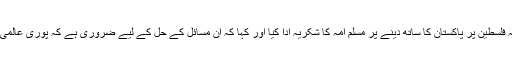
انہوں نے مسئلہ کشمیر اور مسئلہ فلسطین پر پاکستان کا ساتھ دینے پر مسلم امہ کا شکریہ ادا کیا اور کہا کہ ان مسائل کے حل کے لیے ضروری ہے کہ پوری عالمی برادری مشترکہ کوششیں کرے۔